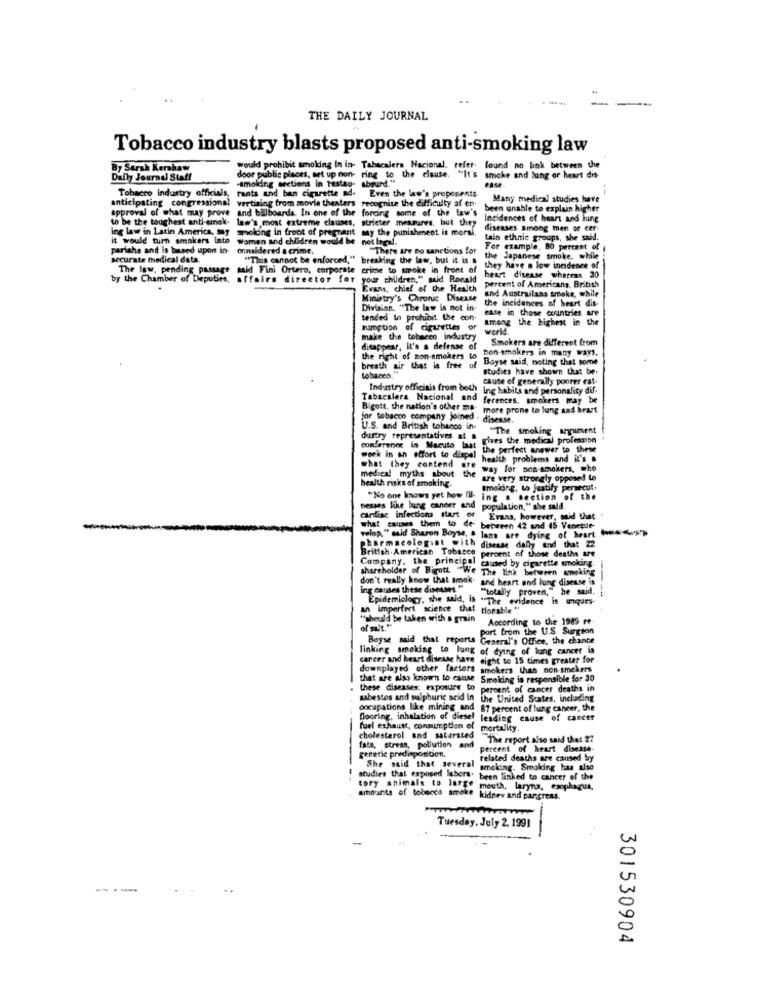
THE DAILY JOURNAL
Tobacco industry blasts proposed anti-smoking law
By Sarah Kershaw
would prohibit smoking in in- Tabacalera Nacional, refer. found no link between the
found no link between the
Daily Journal Staff
-smoking sections in testag- absurd."
door public places, set up non- ring to the clause.
smoke and lung or heart dis-
rants and ban cigarette ad- Even the law's proponents
Tobacco Industry officials.
Many medical studies have
anticipating congressional vertising from movie theaters recognize the difficulty af en-
and billboards. In one of the forcing some of the law's
been unable to explain higher
approval of what may prove
to be the toughest anti-emek-
law's most extreme clauses, stricter measures, but they
Incidences of heart and hing
ing law in Latin America, Say
soloing in front of pregnant any the punishment is moral,
diseases among men of cer-
it would turn smakers into women and children would be not legal.
Lain ethnic groups, she said.
pariahs and is based upon in-
onnaldered a crime,
There are no sanctions for
For example, 80 percent of
securate medical data.
"This cannot be enforced," breaking the law, but it is &
the Japanese smoke. while
The law, pending passage said Fini Ortero, corporate crime to smoke in front of
The law, pending passage
they have a low incidence of
by the Chamber of Deputies, affairs director for your children," said Ronald
heart disease whereas 30
percent of Americans, British
Evans, chief of the Health
and Australans smoke, while
Ministry's Chronic Disease
the incidences of heart dis-
Division. "The law is not in
tended In prohibit the con-
ease in those countries are
among the highest in the
tumption of cigarettes or
world.
make the tobacco industry
Smokers are different from
disappear, it's a defense of
non-smokers in many ways.
the right of non-smokers to
Boyse said, noting that some
breath air that is free of
tobacco."
studies have shown that be-
cause of generally poorer eat-
Industry officials from both ing habits and personality dif-
Tabacalera Nacional and
ferences, smokers may be
Bigott, the nation's other ma.
more prone to lung and heart
for tobacco company joined . disease.
U.S. and British tobacco in-
"The smoking argument
dustry representatives at
gives the medical profession
conference in Macuto last
the perfect answer to these
week in an effort to dispel
health problems and it's .
medical myths about the
what they contend are
way for non-smokers, who
health risks of smoking.
are very strongly opposed to
smoking, to justify persecut.
"No one knows yet how I ing a section of the
nesses like lung cancer and
population," she said.
what causes them to de-
cardiac infections start or
Eraas, however, muid that
between 42 and 45 Vaneque-
--
velop," said Sharon Boyse, & lans are dying of heart
pharmacologist with disease dally end that 22
British American Tobacco
Company, the principal
percent of those deaths are
shareholder of Rigott ""We The link between smoking
caused by cigarette smoking
don't really know that smok. and heart and lung disease is
ing causes these disesses ""
"totally proven," he said,
Epidemiology, she said, is ""The evidence is ques-
--
an imperfect science that tlorable "
""should be taken with a grain
According to the 1985 re
of mit."
port from the U.S. Surgeon
Boyse said that reports General's Office, the chance
linking smoking to lang of dying of lung cancer is
career and heart disease have eight to 15 times greater for
downplayed other factors smokers than non-smokers
that are also known to cause
Smoking is responsible for 30
these diseases: exposure to
percent of cancer deaths in
asbestos and sulphuric acid in
the United States, including
occupations like mining and 87 percent of lung cancer, the
flooring, inhalation of diesel leading cause of cancer
fuel exhaust, consumption of mortality.
cholesterol and saturated
The report also said that 27
fats, stress, pollution and
genetic predisposition.
percent of heart disease-
related deaths are caused by
She said that several
omaking. Smoking has also
studies that exposed labors. been linked to cancer of the
tory animals to large mouth, larynx, esophagus,
amounts of tobacco smoke kidnew and pancreas.
Tuesday, July 2. 1991
301530904